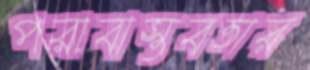
পরাবাস্তবতার